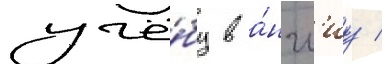
учё́бу в а́нгл'иу /